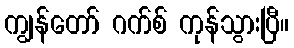
ကျွန်တော် ဂက်စ် ကုန်သွားပြီ။